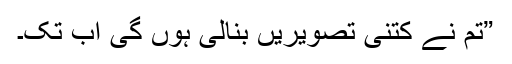
”تم نے کتنی تصویریں بنالی ہوں گی اب تک۔